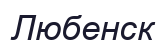
Любенск